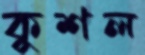
কুশল